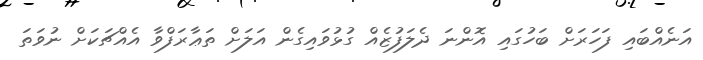
އަނެއްބައި ފަހަރަށް ބަހުގައި އޮންނަ ދެލަފުޒެއް ގުޅުވައިގެން އަލަށް ތަޢާރަފްވާ އެއްޗަކަށް ނުވަތަ